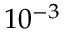
1 0 ^ { - 3 }